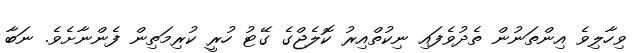
ވިހާލިވެ އިންތަނުން ތެދުވެފައި ނިކުތްއިރު ކޮލެޖްގެ ގޭޓު ހުރީ ކުރިމަތިން ފެންނާށެވެ. ނަބާ